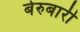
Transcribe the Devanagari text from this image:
बेरुबारी